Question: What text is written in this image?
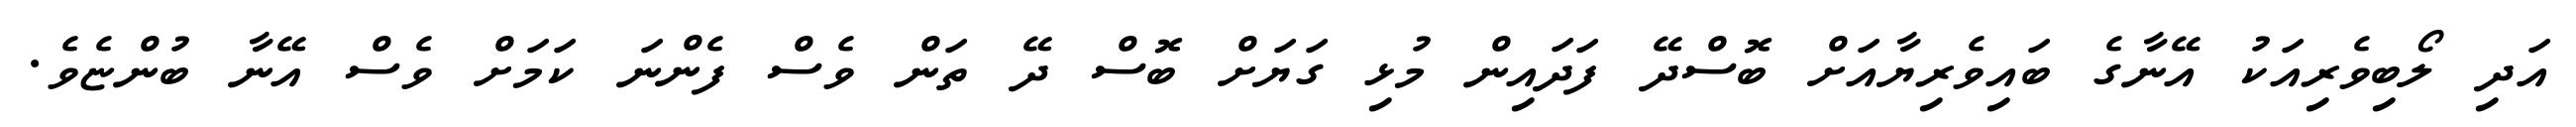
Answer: އަދި ލޯބިވެރިއަކު އޭނާގެ ބައިވެރިޔާއަށް ބޮސްދޭ ފަދައިން މުޅި ގަޔަށް ބޮސް ދޭ ތަން ވެސް ފެންނަ ކަމަށް ވެސް އޭނާ ބުންޏެވެ.